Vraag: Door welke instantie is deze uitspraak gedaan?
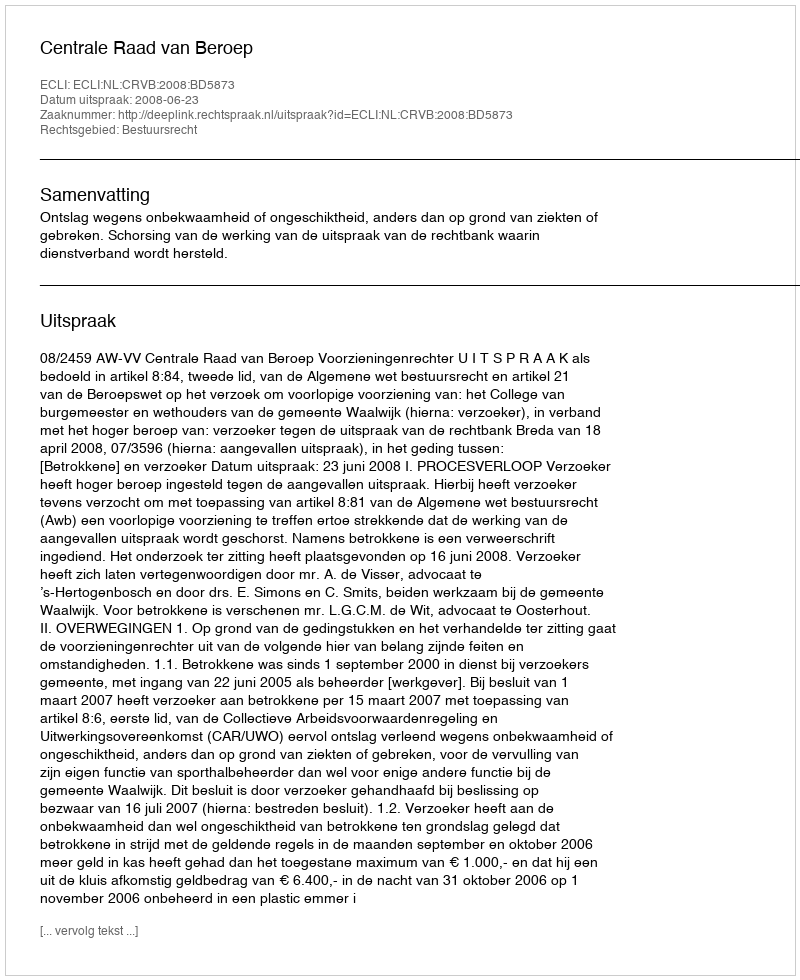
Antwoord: Centrale Raad van Beroep